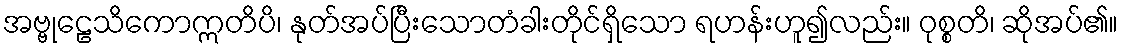
အဗ္ဗုဠေသိကောဣတိပိ၊ နုတ်အပ်ပြီးသောတံခါးတိုင်ရှိသော ရဟန်းဟူ၍လည်း။ ဝုစ္စတိ၊ ဆိုအပ်၏။